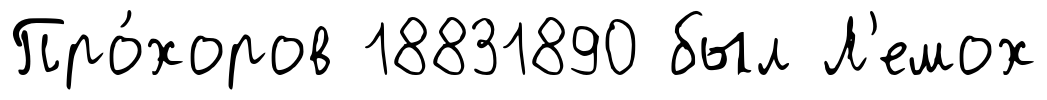
Про́хоров 18831890 был Л'емох